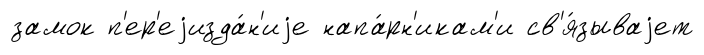
замок п'ер'еjизда́н'иjе напа́рн'икам'и св'я́зываjет